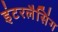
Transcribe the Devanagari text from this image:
इंटरलैसिंग